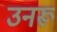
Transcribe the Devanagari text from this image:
उनरू